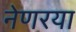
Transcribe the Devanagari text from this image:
नेणरया